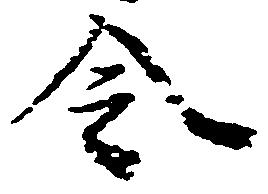
令